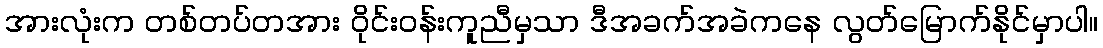
အားလုံးက တစ်တပ်တအား ဝိုင်းဝန်းကူညီမှသာ ဒီအခက်အခဲကနေ လွတ်မြောက်နိုင်မှာပါ။